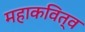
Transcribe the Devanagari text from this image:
महाकवित्व